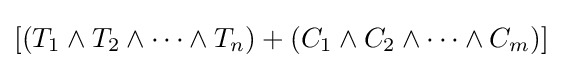
[(T_{1}\land T_{2}\land \cdots \land T_{n})+(C_{1}\land C_{2}\land \cdots \land C_{m})]